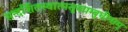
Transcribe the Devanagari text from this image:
सन्दर्शितस्वात्मसुखाम्बुधीनाम्